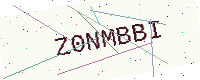
Text: Z0NMBBI